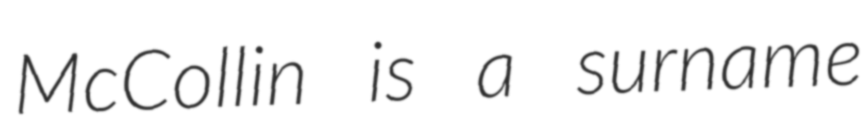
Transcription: McCollin is a surname